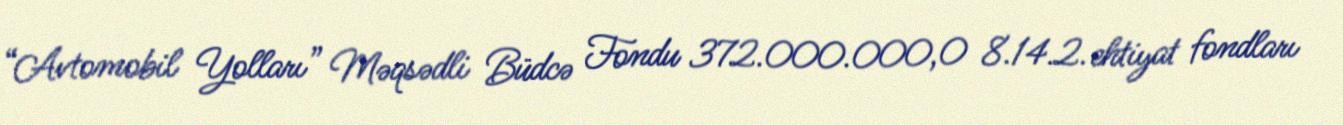
“Avtomobil Yolları” Məqsədli Büdcə Fondu 372.000.000,0 8.14.2. ehtiyat fondları